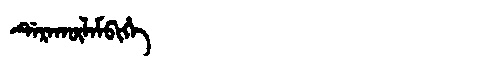
Manchu: ᡩᡝᡵᠠᡴᡡᠯᠠᠮᠪᡳᡥᡝ
Romanization: DERAKŪLAMBIHE